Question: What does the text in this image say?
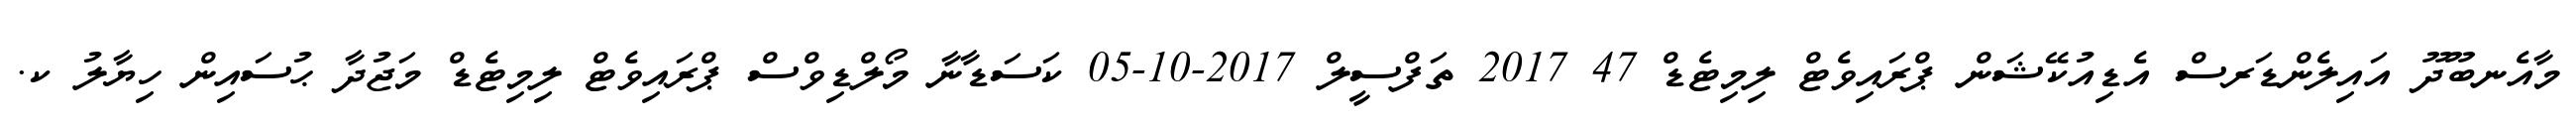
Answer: މާއެނބޫދޫ އައިލެންޑަރސް އެޑިއުކޭޝަން ޕްރައިވެޓް ލިމިޓެޑް 47 2017 ތަފްސީލް 2017-10-05 ކަސަޑާނާ މޯލްޑިވްސް ޕްރައިވެޓް ލިމިޓެޑް މަޖުދާ ޙުސައިން ހިޔާލު ކ.